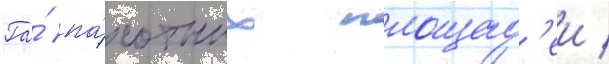
Га́ па́хотных площад'еи /